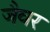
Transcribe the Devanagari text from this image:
जैवर